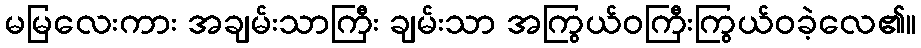
မမြလေးကား အချမ်းသာကြီး ချမ်းသာ အကြွယ်ဝကြီးကြွယ်ဝခဲ့လေ၏။